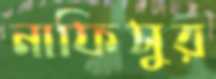
নাফিসুর